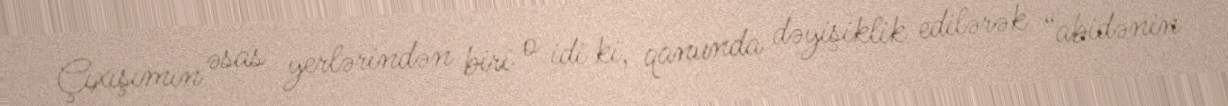
Çıxışımın əsas yerlərindən biri o idi ki, qanunda dəyişiklik edilərək “abidənin